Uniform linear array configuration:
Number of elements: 64
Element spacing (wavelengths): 0.5
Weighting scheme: kaiser
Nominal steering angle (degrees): -15
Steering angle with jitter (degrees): -13.983
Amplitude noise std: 0.05
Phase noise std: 0.05

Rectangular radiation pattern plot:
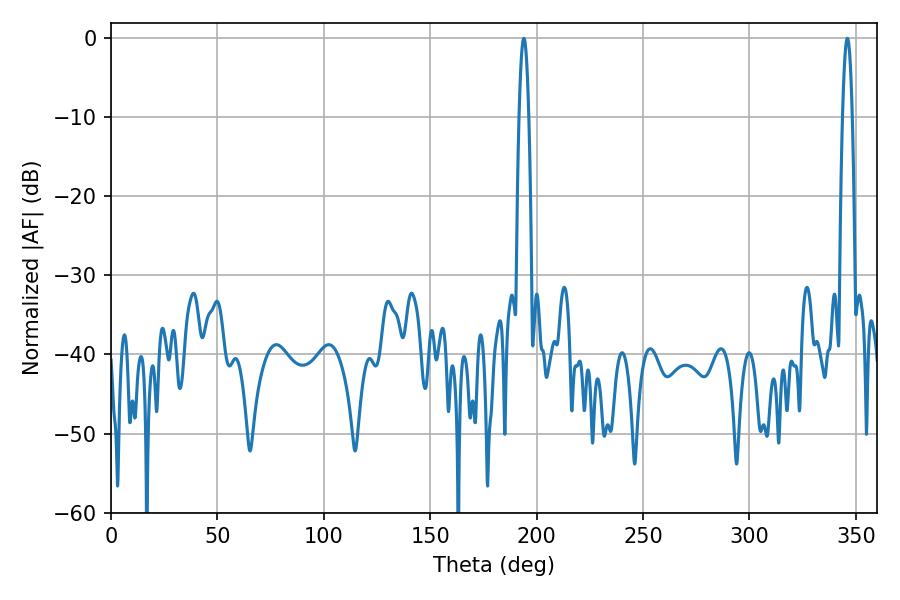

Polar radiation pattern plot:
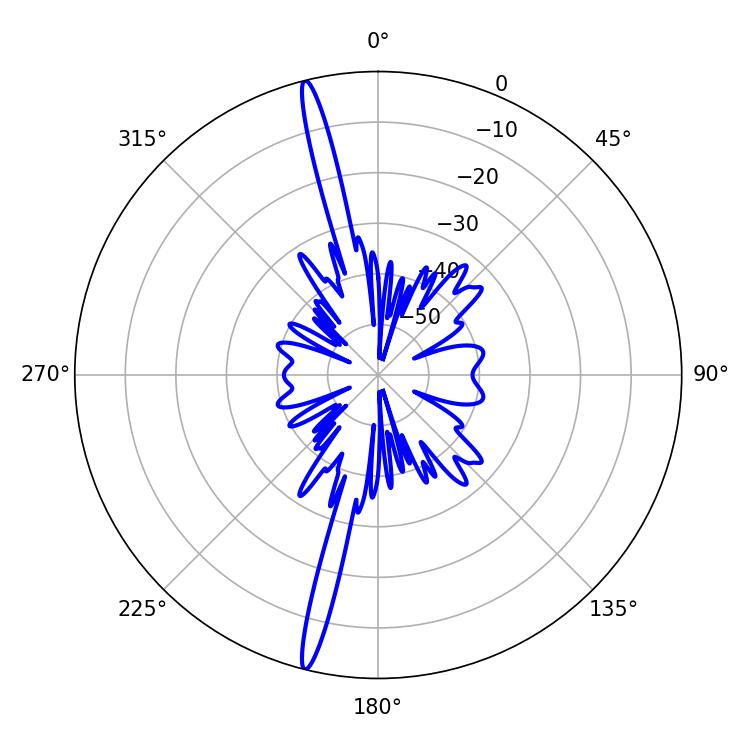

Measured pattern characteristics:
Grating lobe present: FALSE
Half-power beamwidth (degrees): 2.52
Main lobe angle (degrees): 345.96